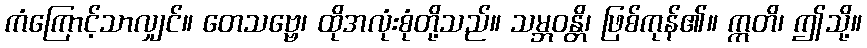
ကံကြောင့်သာလျှင်။ တေသဗ္ဗေ၊ ထိုအလုံးစုံတို့သည်။ သမ္ဘဝန္တိ၊ ဖြစ်ကုန်၏။ ဣတိ၊ ဤသို့။